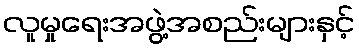
လူမှုရေးအဖွဲ့အစည်းများနှင့်